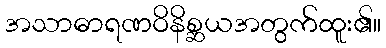
အသာဓာရဏဝိနိစ္ဆယအတွက်ထူး၏။